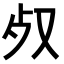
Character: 𣦼